Lunatic asylums Burma 1907-21 - 1907-1921
Year: 1907
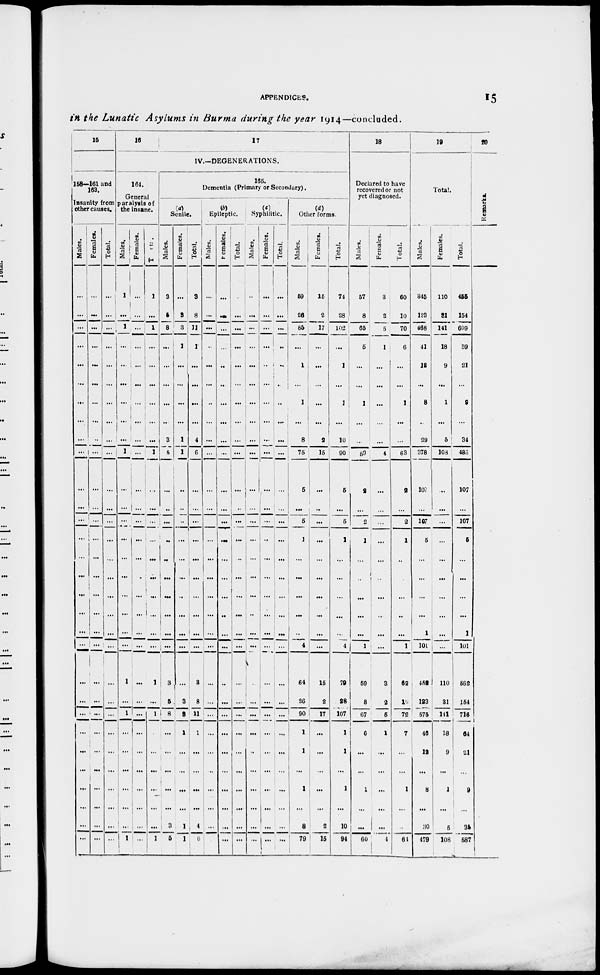
APPENDICES.
15
in the Lunatic Asylums in Burma during the year 1914—concluded.
15
158—161 and
163.
Insanity from
other causes.
Males.
...
...
...
...
...
...
...
...
...
...
...
...
...
...
...
...
...
...
...
...
...
...
...
...
...
...
...
...
...
...
Females.
...
...
...
...
...
...
...
...
...
...
...
...
...
...
...
...
...
...
...
...
...
...
...
...
...
...
...
...
...
...
Total.
...
...
...
...
...
...
...
...
...
...
...
...
...
...
...
...
...
...
...
...
...
...
...
...
...
...
...
...
...
...
16
17
IV.—DEGENERATIONS.
164.
General
paralysis of
the insane.
Males.
1
...
1
...
...
...
...
...
...
1
...
...
...
...
...
...
...
...
...
...
1
...
1
...
...
...
...
...
...
1
Females.
...
...
...
...
...
...
...
...
...
...
...
...
...
...
...
...
...
...
...
...
...
...
...
...
...
...
...
...
...
...
Total.
1
...
1
...
...
...
...
...
...
1
...
...
...
...
...
...
...
...
...
...
1
...
1
...
...
...
...
...
...
1
165.
Dementia (Primary or Secondary).
(a)
Senile.
Males.
3
5
8
...
...
...
...
...
3
5
...
...
...
...
...
...
...
...
...
...
3
5
8
...
...
...
...
...
3
5
Females.
...
3
3
1
...
...
...
...
1
1
...
...
...
...
...
...
...
...
...
...
...
3
3
1
...
...
...
...
1
1
Total.
3
8
11
1
...
...
...
...
4
6
...
...
...
...
...
...
...
...
...
...
3
8
11
1
...
...
...
...
4
6
(b)
Epileptic.
Males.
...
...
...
...
...
...
...
...
...
...
...
...
...
...
...
...
...
...
...
...
...
...
...
...
...
...
...
...
...
...
Females.
...
...
...
...
...
...
...
...
...
...
...
...
...
...
...
...
...
...
...
...
...
...
...
...
...
...
...
...
...
...
Total.
...
...
...
...
...
...
...
...
...
...
...
...
...
...
...
...
...
...
...
...
...
...
...
...
...
...
...
...
...
...
(c)
Syphilitic.
Males.
...
...
...
...
...
...
...
...
...
...
...
...
...
...
...
...
...
...
...
...
...
...
...
...
...
...
...
...
...
...
Females.
...
...
...
...
...
...
...
...
...
...
...
...
...
...
...
...
...
...
...
...
...
...
...
...
...
...
...
...
...
...
Total.
...
...
...
...
...
...
...
...
...
...
...
...
...
...
...
...
...
...
...
...
...
...
...
...
...
...
...
...
...
...
(d)
Other forms.
Males.
59
26
85
...
1
...
1
...
8
75
5
...
5
1
...
...
...
...
...
4
64
26
90
1
1
...
1
...
8
79
Females.
15
2
17
...
...
...
...
...
2
15
...
...
...
...
...
...
...
...
...
...
15
2
17
...
...
...
...
...
2
15
Total.
74
28
102
...
1
...
1
...
10
90
5
...
5
1
...
...
...
...
...
4
79
28
107
1
1
...
1
...
10
94
18
Declared to have
recovered or not
yet diagnosed.
Males.
57
8
65
5
...
...
1
...
...
59
2
...
2
1
...
...
...
...
...
1
59
8
67
6
...
...
1
...
...
60
Females.
3
2
5
1
...
...
...
...
...
4
...
...
...
...
...
...
...
...
...
...
3
2
5
1
...
...
...
...
...
4
Total.
60
10
70
6
...
...
1
...
...
63
2
...
2
1
...
...
...
...
...
1
62
10
72
7
...
...
1
...
...
64
19
Total.
Males.
345
123
468
41
12
...
8
...
29
378
107
...
107
5
...
...
...
...
1
101
452
123
575
46
12
...
8
...
30
479
Females.
110
31
141
18
9
...
1
...
5
108
...
...
...
...
...
...
...
...
...
...
110
31
141
18
9
...
1
...
5
108
Total.
455
154
609
59
21
...
9
...
34
486
107
...
107
5
...
...
...
...
1
101
562
154
716
64
21
...
9
...
35
587
20
Remarks.